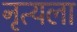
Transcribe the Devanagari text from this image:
नृत्यला